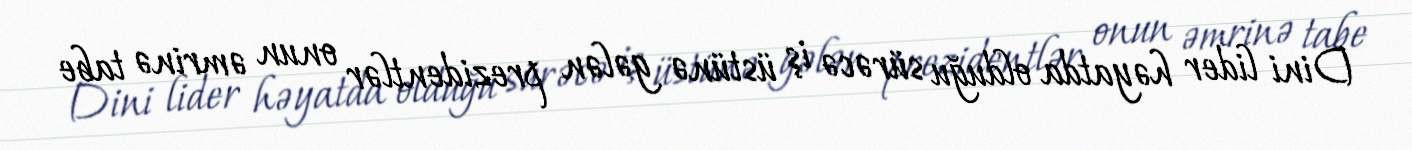
Dini lider həyatda olduğu sürəcə iş üstünə gələn prezidentlər onun əmrinə tabe